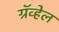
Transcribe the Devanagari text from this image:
ग्रॅव्हेल